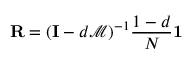
\mathbf { R } = ( \mathbf { I } - d { \mathcal { M } } ) ^ { - 1 } { \frac { 1 - d } { N } } \mathbf { 1 }